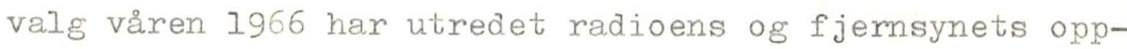
valg våren 1966 har utredet radioens og fjernsynets opp-